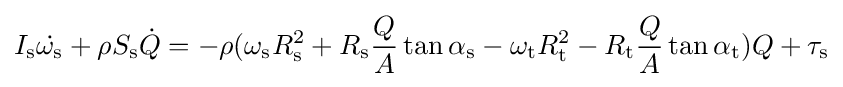
I_{\mathrm {s} }{\dot {\omega _{\mathrm {s} }}}+\rho S_{\mathrm {s} }{\dot {Q}}=-\rho (\omega _{\mathrm {s} }R_{\mathrm {s} }^{2}+R_{\mathrm {s} }{\frac {Q}{A}}\tan {\alpha _{\mathrm {s} }}-\omega _{\mathrm {t} }R_{\mathrm {t} }^{2}-R_{\mathrm {t} }{\frac {Q}{A}}\tan {\alpha _{\mathrm {t} }})Q+\tau _{\mathrm {s} }